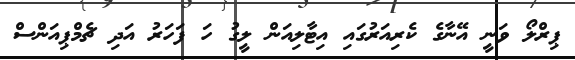
ޕިރްލޯ ވަނީ އޭނާގެ ކެރިއަރުގައި އިޓާލިއަން ލީގު ހަ ފަހަރު އަދި ޗެމްޕިއަންސް